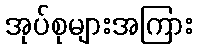
အုပ်စုများအကြား